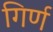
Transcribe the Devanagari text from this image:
गिर्ण